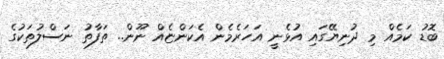
ބޮޑު ކަމެއް މި ދުނިޔޭގައި އުޅެނީ އަހަރެމެން އެކަންޏެއް ނޫން.. ތަފާތު ނަސްލުތަކުގެ